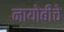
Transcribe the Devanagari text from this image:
नायोबीचे